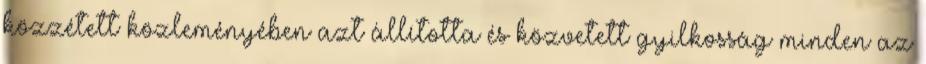
közzétett közleményében azt állította és közvetett gyilkosság minden az